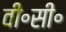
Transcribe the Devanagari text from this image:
वी॰सी॰